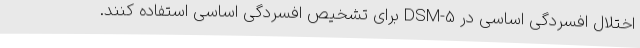
اختلال افسردگی اساسی در DSM-5 برای تشخیص افسردگی اساسی استفاده کنند.